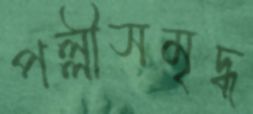
পল্লীসমৃদ্ধ